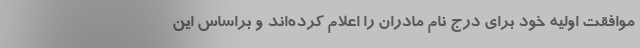
موافقت اولیه خود برای درج نام مادران را اعلام کرده‌اند و براساس این